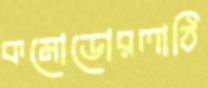
কমোডোরলাঠি